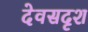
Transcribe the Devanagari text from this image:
देवसदृश